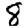
Digit: 8